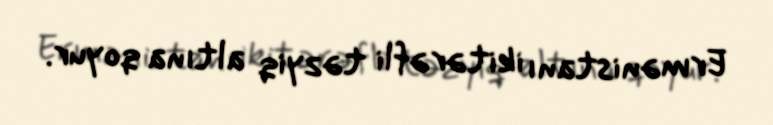
Ermənistanı ikitərəfli təzyiq altına qoyur.